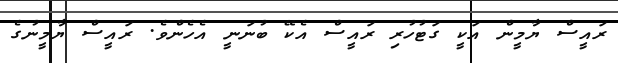
ރައީސް ޔާމީން އަކީ ގަޓުހުރި ރައީސް އެކޭ ބުނަނީ އެހެންވެ. ރައީސް ޔާމީނުގެ